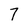
Character: 7